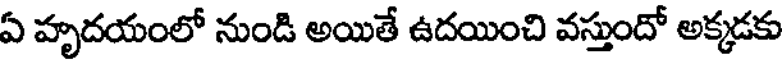
ఏ హృదయంలో నుండి అయితే ఉదయించి వస్తుందో అక్కడకు